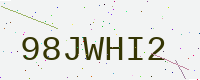
Text: 98JWHI2